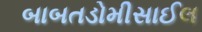
બાબતડોમીસાઈલ